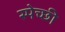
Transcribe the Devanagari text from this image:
स्पेच्छी